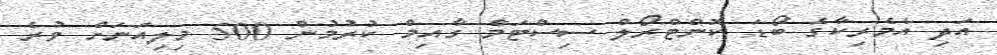
އަދި އެމެރިކާގެ ބޯޑަ ކޮންޓްރޯލް ސިސްޓަމް ގާއިމް ކުރުމުން 500 މިލިއަނަށް ވުރެ